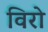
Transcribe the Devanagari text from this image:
विरो